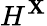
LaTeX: H^{\mathbf{X}}